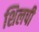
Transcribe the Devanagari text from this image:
शिलपी